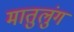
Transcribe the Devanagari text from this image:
मातुलुंग